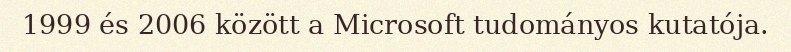
1999 és 2006 között a Microsoft tudományos kutatója.